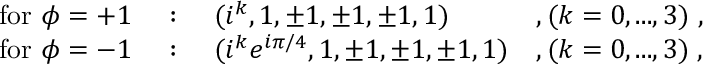
\begin{array} { l l l l } { { \mathrm { f o r ~ } \phi = + 1 } } & { { ~ : ~ } } & { { ( i ^ { k } , 1 , \pm 1 , \pm 1 , \pm 1 , 1 ) } } & { { , ( k = 0 , . . . , 3 ) ~ , } } \\ { { \mathrm { f o r ~ } \phi = - 1 } } & { { ~ : ~ } } & { { ( i ^ { k } e ^ { i \pi / 4 } , 1 , \pm 1 , \pm 1 , \pm 1 , 1 ) } } & { { , ( k = 0 , . . . , 3 ) \; , } } \end{array}